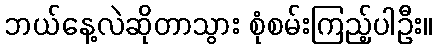
ဘယ်နေ့လဲဆိုတာသွား စုံစမ်းကြည့်ပါဦး။